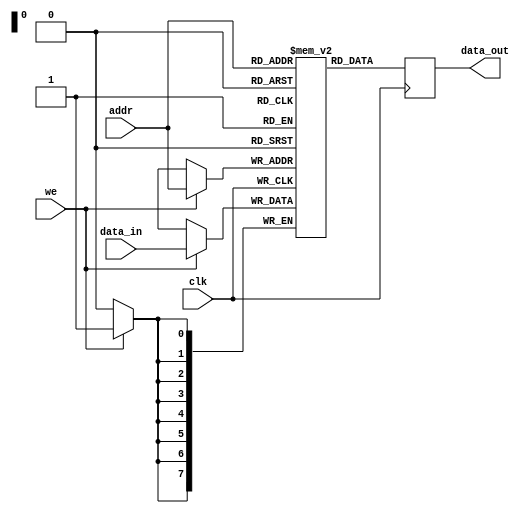
module single_port_ram (
  input wire clk,
  input wire we, // Write enable signal
  input wire [7:0] addr, // Address for read and write operations
  input wire [7:0] data_in, // Data input for write operation
  output reg [7:0] data_out // Data output for read operation
);

reg [7:0] mem [0:255]; // 256x8-bit memory

always @(posedge clk) begin
  if (we) begin
    mem[addr] <= data_in;
  end
  data_out <= mem[addr];
end

endmodule

module testbench;
  reg clk;
  reg we;
  reg [7:0] addr;
  reg [7:0] data_in;
  wire [7:0] data_out;
  single_port_ram uut (
    .clk(clk),
    .we(we),
    .addr(addr),
    .data_in(data_in),
    .data_out(data_out)
  );
  always begin
    #5 clk = ~clk;
  end
  initial begin
    clk = 0;
    we = 1;
    addr = 8'b0000_0000;
    data_in = 8'b1101_0010;
    #10 we = 0;
    #10 addr = 8'b0010_1101;
    #10 data_in = 8'b1010_1100;
    $finish;
  end  always @(posedge clk) begin
    $display("Data Out: %h", data_out);
  end
endmodule